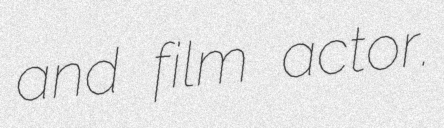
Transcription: and film actor.